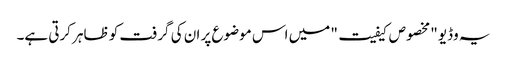
یہ وڈیو "مخصوص کیفیت" میں اس موضوع پر ان کی گرفت کو ظاہر کرتی ہے۔